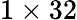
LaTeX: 1\times 32